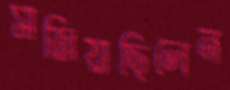
সাজিয়াছিলেন